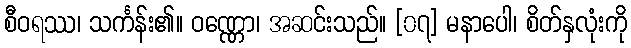
စီဝရဿ၊ သင်္ကန်း၏။ ဝဏ္ဏော၊ အဆင်းသည်။ [၀၇] မနာပေါ၊ စိတ်နှလုံးကို